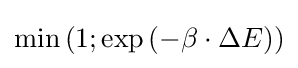
\min \left(1;\exp \left(-\beta \cdot \Delta E\right)\right)